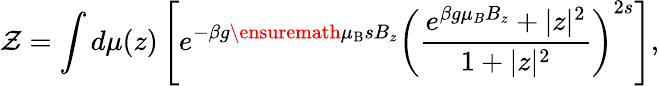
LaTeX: {\cal Z}=\int d\mu(z)\left[e^{-\beta g{\ensuremath{\mu_{\mathrm{B}}}}sB_{z}}\left(\frac{e^{\beta g\mu_{B}B_{z}}+|z|^{2}}{1+|z|^{2}}\right)^{2s}\right],